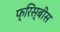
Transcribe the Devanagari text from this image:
फ्रिस्बीस